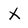
Character: X